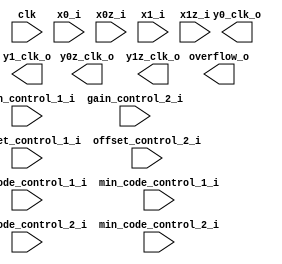
//********************************************
//********************************************
//**                                        **
//** This template is created automatically **
//** Do not change this file, it is only to **
//** be used as an instatiation template for**
//** a black box.                           **
//**                                        **
//********************************************
//********************************************
//////////////////////////////////////////////////////////////////////////////////
// Company:        Signal Processing Devices AB
// 
// Module Name:    gain_control
// Description:    
//
//////////////////////////////////////////////////////////////////////////////////

module gain_control
  #(
    parameter NoiseBit = 0,
    parameter NofBitsCutOff = 0
    )
  ( // Control & Clocking input
    input wire clk,       
	
    // Signal input
    input wire signed [15:0] x0_i,
    input wire signed [15:0] x0z_i,
    input wire signed [15:0] x1_i,
    input wire signed [15:0] x1z_i,

    input wire signed [15:0] gain_control_1_i,
    input wire signed [15:0] gain_control_2_i,
    input wire signed [15:0] offset_control_1_i,
    input wire signed [15:0] offset_control_2_i,

    input wire signed [15:0] max_code_control_1_i,
    input wire signed [15:0] min_code_control_1_i,
    input wire signed [15:0] max_code_control_2_i,
    input wire signed [15:0] min_code_control_2_i,

    (* SHREG_EXTRACT="NO" *) output reg signed [15:0] y0_clk_o,
    (* SHREG_EXTRACT="NO" *) output reg signed [15:0] y0z_clk_o,
    (* SHREG_EXTRACT="NO" *) output reg signed [15:0] y1_clk_o,
    (* SHREG_EXTRACT="NO" *) output reg signed [15:0] y1z_clk_o,
    (* SHREG_EXTRACT="NO" *) output reg [3:0] overflow_o
    
 );
endmodule